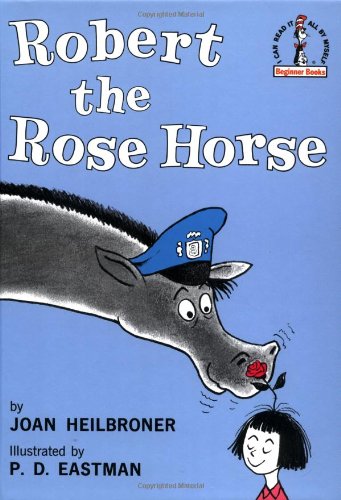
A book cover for Robert the Rose Horse; Joan Heilbroner; Children's Books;